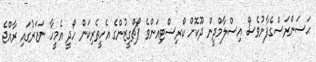
ޙަސަންރަސްގެފާނުވެސް އިސްލާމްދީން ދޫކޮށް ކްރިސްޓިއަންވެ ޕޯޗްގީޒުންގެ އެހީތެރިކަން ހޯދީ އެމީހާ ނަޒަރުގައި ރާއްޖެ